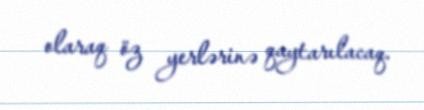
olaraq öz yerlərinə qaytarılacaq.